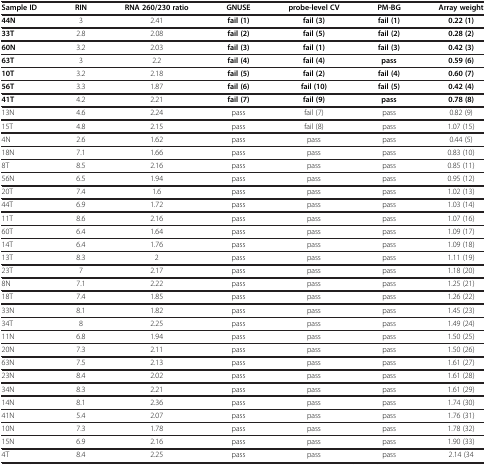
<table><thead><tr><td><b>Sample ID</b></td><td><b>RIN</b></td><td><b>RNA 260/230 ratio</b></td><td><b>GNUSE</b></td><td><b>probe-level CV</b></td><td><b>PM-BG</b></td><td><b>Array weight</b></td></tr></thead><tbody><tr><td><b>44N</b></td><td>3</td><td>2.41</td><td><b>fail (1)</b></td><td><b>fail (3)</b></td><td><b>fail (1)</b></td><td><b>0.22 (1)</b></td></tr><tr><td><b>33T</b></td><td>2.8</td><td>2.08</td><td><b>fail (2)</b></td><td><b>fail (5)</b></td><td><b>fail (2)</b></td><td><b>0.28 (2)</b></td></tr><tr><td><b>60N</b></td><td>3.2</td><td>2.03</td><td><b>fail (3)</b></td><td><b>fail (1)</b></td><td><b>fail (3)</b></td><td><b>0.42 (3)</b></td></tr><tr><td><b>63T</b></td><td>3</td><td>2.2</td><td><b>fail (4)</b></td><td><b>fail (4)</b></td><td><b>pass</b></td><td><b>0.59 (6)</b></td></tr><tr><td><b>10T</b></td><td>3.2</td><td>2.18</td><td><b>fail (5)</b></td><td><b>fail (2)</b></td><td><b>fail (4)</b></td><td><b>0.60 (7)</b></td></tr><tr><td><b>56T</b></td><td>3.3</td><td>1.87</td><td><b>fail (6)</b></td><td><b>fail (10)</b></td><td><b>fail (5)</b></td><td><b>0.42 (4)</b></td></tr><tr><td><b>41T</b></td><td>4.2</td><td>2.21</td><td><b>fail (7)</b></td><td><b>fail (9)</b></td><td><b>pass</b></td><td><b>0.78 (8)</b></td></tr><tr><td>13N</td><td>4.6</td><td>2.24</td><td>pass</td><td>fail (7)</td><td>pass</td><td>0.82 (9)</td></tr><tr><td>15T</td><td>4.8</td><td>2.15</td><td>pass</td><td>fail (8)</td><td>pass</td><td>1.07 (15)</td></tr><tr><td>4N</td><td>2.6</td><td>1.62</td><td>pass</td><td>pass</td><td>pass</td><td>0.44 (5)</td></tr><tr><td>18N</td><td>7.1</td><td>1.66</td><td>pass</td><td>pass</td><td>pass</td><td>0.83 (10)</td></tr><tr><td>8T</td><td>8.5</td><td>2.16</td><td>pass</td><td>pass</td><td>pass</td><td>0.85 (11)</td></tr><tr><td>56N</td><td>6.5</td><td>1.94</td><td>pass</td><td>pass</td><td>pass</td><td>0.95 (12)</td></tr><tr><td>20T</td><td>7.4</td><td>1.6</td><td>pass</td><td>pass</td><td>pass</td><td>1.02 (13)</td></tr><tr><td>44T</td><td>6.9</td><td>1.72</td><td>pass</td><td>pass</td><td>pass</td><td>1.03 (14)</td></tr><tr><td>11T</td><td>8.6</td><td>2.16</td><td>pass</td><td>pass</td><td>pass</td><td>1.07 (16)</td></tr><tr><td>60T</td><td>6.4</td><td>1.64</td><td>pass</td><td>pass</td><td>pass</td><td>1.09 (17)</td></tr><tr><td>14T</td><td>6.4</td><td>1.76</td><td>pass</td><td>pass</td><td>pass</td><td>1.09 (18)</td></tr><tr><td>13T</td><td>8.3</td><td>2</td><td>pass</td><td>pass</td><td>pass</td><td>1.11 (19)</td></tr><tr><td>23T</td><td>7</td><td>2.17</td><td>pass</td><td>pass</td><td>pass</td><td>1.18 (20)</td></tr><tr><td>8N</td><td>7.1</td><td>2.22</td><td>pass</td><td>pass</td><td>pass</td><td>1.25 (21)</td></tr><tr><td>18T</td><td>7.4</td><td>1.85</td><td>pass</td><td>pass</td><td>pass</td><td>1.26 (22)</td></tr><tr><td>33N</td><td>8.1</td><td>1.82</td><td>pass</td><td>pass</td><td>pass</td><td>1.45 (23)</td></tr><tr><td>34T</td><td>8</td><td>2.25</td><td>pass</td><td>pass</td><td>pass</td><td>1.49 (24)</td></tr><tr><td>11N</td><td>6.8</td><td>1.94</td><td>pass</td><td>pass</td><td>pass</td><td>1.50 (25)</td></tr><tr><td>20N</td><td>7.3</td><td>2.11</td><td>pass</td><td>pass</td><td>pass</td><td>1.50 (26)</td></tr><tr><td>63N</td><td>7.5</td><td>2.13</td><td>pass</td><td>pass</td><td>pass</td><td>1.61 (27)</td></tr><tr><td>23N</td><td>8.4</td><td>2.02</td><td>pass</td><td>pass</td><td>pass</td><td>1.61 (28)</td></tr><tr><td>34N</td><td>8.3</td><td>2.21</td><td>pass</td><td>pass</td><td>pass</td><td>1.61 (29)</td></tr><tr><td>14N</td><td>8.1</td><td>2.36</td><td>pass</td><td>pass</td><td>pass</td><td>1.74 (30)</td></tr><tr><td>41N</td><td>5.4</td><td>2.07</td><td>pass</td><td>pass</td><td>pass</td><td>1.76 (31)</td></tr><tr><td>10N</td><td>7.3</td><td>1.78</td><td>pass</td><td>pass</td><td>pass</td><td>1.78 (32)</td></tr><tr><td>15N</td><td>6.9</td><td>2.16</td><td>pass</td><td>pass</td><td>pass</td><td>1.90 (33)</td></tr><tr><td>4T</td><td>8.4</td><td>2.25</td><td>pass</td><td>pass</td><td>pass</td><td>2.14 (34</td></tr></tbody></table>